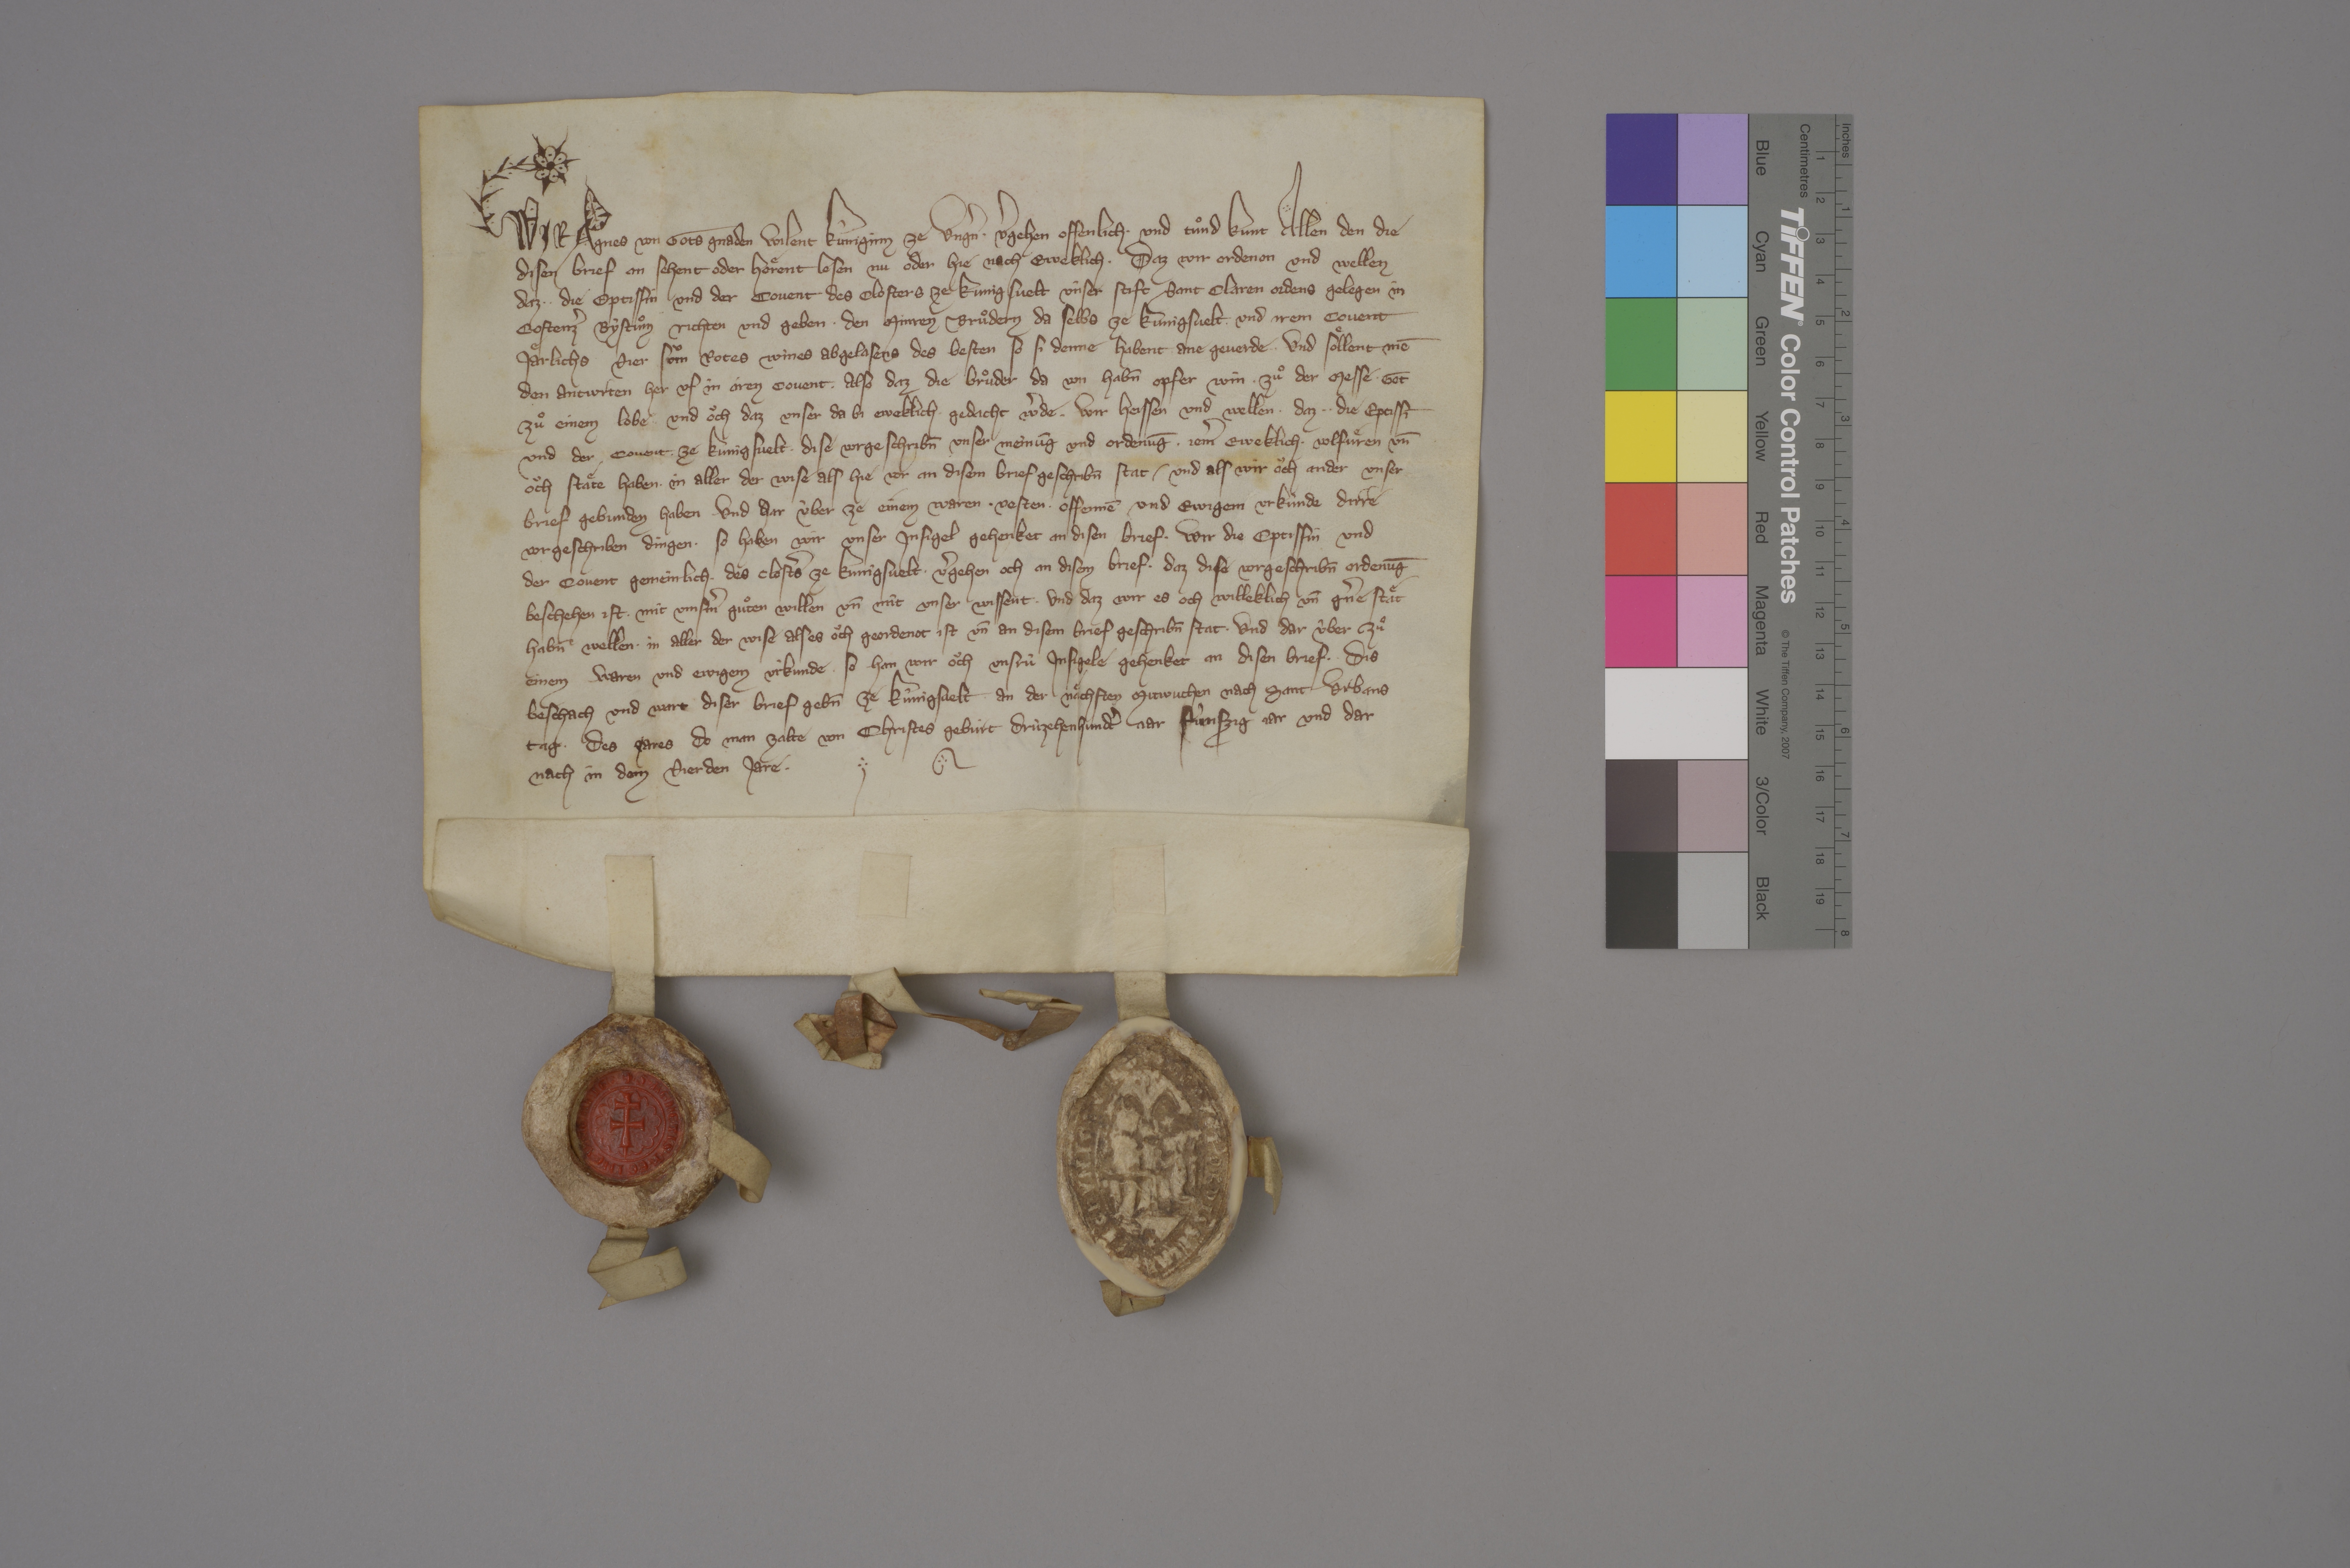
Transcription:
Wir, Agnes, von gots gnaden wilent kûniginn ze Ungˀn, ✳ vˀgehen offenlich ✳ und tuͦnd kunt allen den, die
disen brief an sehent oder hoͤrent lesen, nu oder hie nach eweklich, ✳ daz wir ordenon und wellen,
daz ✳ ✳ die eptissin und der covent des closters ze Kunigsvelt, ûnser stift Sant Claren ordens, gelegen in
Costenzˀ bystuͦm, richten und geben ✳ den Minren Bruͦdern da selbs ze Kunigsvelt ✳ und irem covent
jaͤrlichs vier suͦm rotes wines, abgelasens des besten, so si denne habent, ane geverde, ✳ ✳ und soͤllent inē
den antwrten her uf in iren covent, ✳ also daz die bruͦder da von habn̄ opfer win ✳ zuͦ der messe, ✳ got
zuͦ einem lobe und oͧch, daz unser da bi eweklich gedacht wˀde. ✳ wir heissen und wellen, ✳ daz ✳ ✳ die eptissī
und der covent ✳ ze Kunigsvelt ✳ dise vorgeschribn̄ unser meinūg und ordenūg ✳ jemˀ eweklich ✳ volfuͤren un̄
oͧch staͤte haben ✳ in aller der wise, als hie vor an disem brief geschribn̄ stat ✳ und als wir oͧch ander unser
brief gebunden haben. und har ùber ze einem waren, ✳ vesten, ✳ offennē und ewigen urkùnde dirre
vorgeschriben dingen, ✳ so haben wir unser insigel gehenket an disen brief. ✳ wir, die eptissin und
der covent gemeinlich ✳ des clostˀs ze Kunigsvelt, ✳ vˀgehen och an disem brief, ✳ daz dise vorgeschribn̄ ordenūg
beschehen ist ✳ mit unsˀm guͦten willen un̄ mit unser wissent ✳ und daz wir es och willeklich un̄ gˀne staͤt
habn̄ wellen ✳ in aller der wise, als es oͧch geordenot ist un̄ an disem brief geschribn̄ stat. ✳ und dar ûber zuͦ
einem waren und ewigem ùrkunde, ✳ so han wir oͧch unsrù insigele gehenket an disen brief. ✳ dis
beschach und wart diser brief gebn̄ ze Kûnigsvelt an der naͤchsten mitwuchen nach sant Urbans
tag ✳ des jares, do man zalte von Christes gebùrt drùzehenhundtˀ jar, fûnfzig jar, und dar-
nach in dem vierden jare. ✳